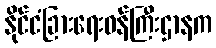
နိုင်ငံခြားရေးဝန်ကြီးဌာနက